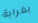
بغرابة